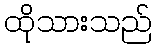
ထိုသားသည်